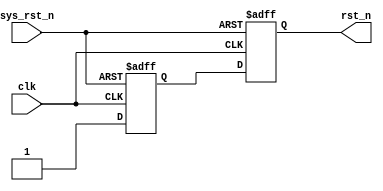
module rst_ctrl(

    input    wire                    clk       ,
    input    wire                    sys_rst_n ,
    
    output   reg                     rst_n            

    );
    
    reg rst_reg;
    
    always @ (posedge clk or negedge sys_rst_n) begin
        if (!sys_rst_n) begin
            {rst_n, rst_reg} <= 2'b0;
        end
        else begin
            {rst_n, rst_reg} <= {rst_reg, 1'b1};
        end
    end
    
endmodule